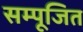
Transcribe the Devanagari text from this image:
सम्पूजित